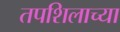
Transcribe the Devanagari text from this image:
तपशिलाच्या